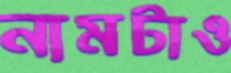
নামটাও